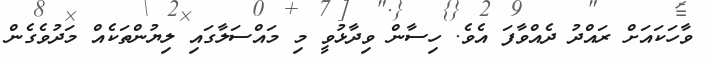
ވާހަކައަށް ރައްދު ދެއްވާފަ އެވެ. ހިސާން ވިދާޅުވީ މި މައްސަލާގައި ލިޔުންތަކެއް މަދުވެގެން